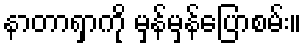
နာတာရှာကို မှန်မှန်ပြောစမ်း။